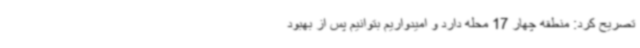
تصریح کرد: منطقه چهار 17 محله دارد و امیدواریم بتوانیم پس از بهبود